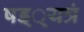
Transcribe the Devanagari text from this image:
षड््यत्रं